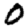
Digit: 0